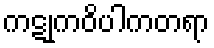
ကဋုကဝိပါကတရာ